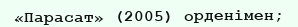
«Парасат» (2005) орденімен;